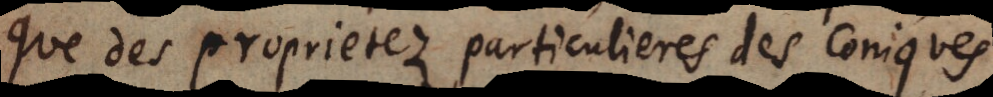
que des proprietez particulieres des coniques